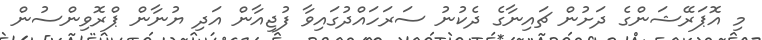
މި އޮޕަރޭޝަންގެ ދަށުން ޗައިނާގެ ދެކުނު ސަރަހައްދުގައިވާ ފުޖިއާން އަދި ޔުނާން ޕްރޮވިންސުން